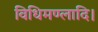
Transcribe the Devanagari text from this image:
विधिमण्लादि।